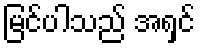
မြင်ပါသည် အရှင်